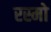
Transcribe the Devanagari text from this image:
रस्मो